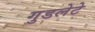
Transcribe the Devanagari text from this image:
गुडलेटे